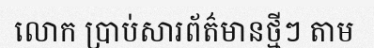
លោក ប្រាប់សារព័ត៌មានថ្មីៗ តាម